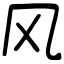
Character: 风